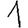
Digit: 1